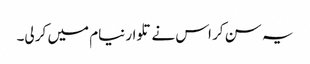
یہ سن کر اس نے تلوار نیام میں کر لی۔